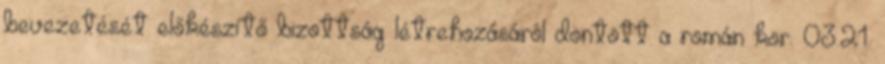
bevezetését előkészítő bizottság létrehozásáról döntött a román kor. 03.21.